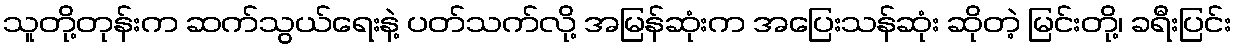
သူတို့တုန်းက ဆက်သွယ်ရေးနဲ့ ပတ်သက်လို့ အမြန်ဆုံးက အပြေးသန်ဆုံး ဆိုတဲ့ မြင်းတို့၊ ခရီးပြင်း